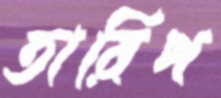
তারিপ